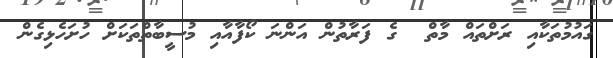
ގައުމުތަކާއި ރަށްތައް މާތް  ގެ ފަރާތުން އަންނަ ކޯފާއާއި މުސީބާތްތަކަށް ހުށަހެޅިގެން